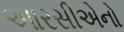
આરસીએનો